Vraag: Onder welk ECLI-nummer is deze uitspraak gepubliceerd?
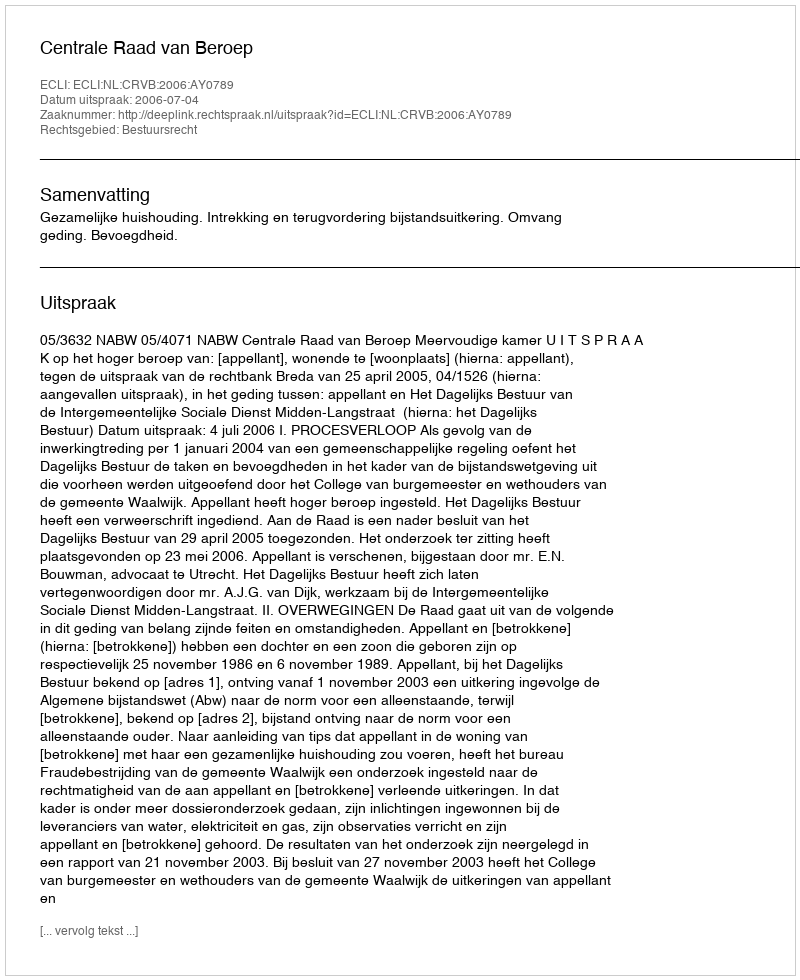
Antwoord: ECLI:NL:CRVB:2006:AY0789